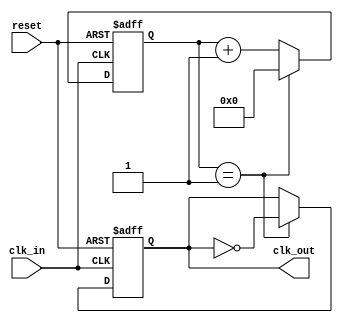
module clock_divider #(
    parameter DIV_FACTOR = 2  // Division factor parameter (must be >= 2)
)(
    input wire clk_in,         // Input clock
    input wire reset,          // Asynchronous reset
    output reg clk_out         // Output divided clock
);

    reg [31:0] counter;        // Internal counter to count input clock cycles

    // Initialize clk_out and counter
    initial begin
        clk_out = 0;
        counter = 0;
    end

    // Always block triggered on the rising edge of the input clock
    always @(posedge clk_in or posedge reset) begin
        if (reset) begin
            counter <= 0;      // Reset counter
            clk_out <= 0;      // Reset output clock
        end else begin
            if (counter == DIV_FACTOR - 1) begin
                clk_out <= ~clk_out;  // Toggle output clock
                counter <= 0;          // Reset counter
            end else begin
                counter <= counter + 1; // Increment counter
            end
        end
    end

endmodule